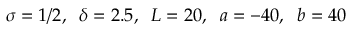
\sigma = 1 / 2 , \; \; \delta = 2 . 5 , \; \; L = 2 0 , \; \; a = - 4 0 , \; \; b = 4 0